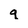
Character: q